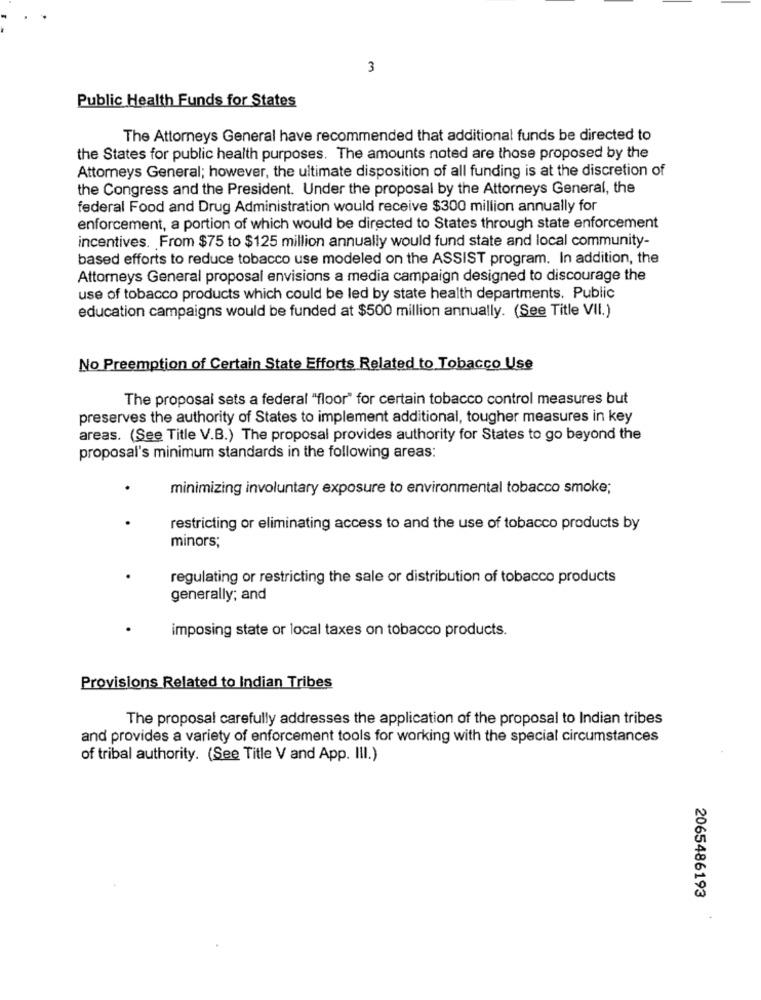
3
Public Health Funds for States
The Attorneys General have recommended that additional funds be directed to
the States for public health purposes. The amounts noted are those proposed by the
Attorneys General; however, the ultimate disposition of all funding is at the discretion of
the Congress and the President. Under the proposal by the Attorneys General, the
federal Food and Drug Administration would receive $300 million annually for
enforcement, a portion of which would be directed to States through state enforcement
incentives. From $75 to $125 million annually would fund state and local community-
based efforts to reduce tobacco use modeled on the ASSIST program. In addition, the
Attorneys General proposal envisions a media campaign designed to discourage the
use of tobacco products which could be led by state health departments. Public
education campaigns would be funded at $500 million annually. (See Title VII.)
No Preemption of Certain State Efforts Related to Tobacco Use
The proposal sets a federal "floor" for certain tobacco control measures but
preserves the authority of States to implement additional, tougher measures in key
areas. (See Title V.B.) The proposal provides authority for States to go beyond the
proposal's minimum standards in the following areas:
minimizing involuntary exposure to environmental tobacco smoke;
restricting or eliminating access to and the use of tobacco products by
minors;
regulating or restricting the sale or distribution of tobacco products
generally; and
imposing state or local taxes on tobacco products.
Provisions Related to Indian Tribes
The proposal carefully addresses the application of the proposal to Indian tribes
and provides a variety of enforcement tools for working with the special circumstances
of tribal authority. (See Title V and App. III.)
2065486193